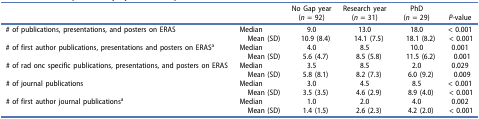
<table><thead><tr><td><b> </b></td><td><b> </b></td><td><b>No Gap year(<i>n</i> = 92)</b></td><td><b>Research year(<i>n</i> = 31)</b></td><td><b>PhD(<i>n</i> = 29)</b></td><td><b><i>P</i>-value</b></td></tr></thead><tbody><tr><td># of publications, presentations, and posters on ERAS</td><td>MedianMean (SD)</td><td>9.010.9 (8.4)</td><td>13.014.1 (7.5)</td><td>18.018.1 (8.2)</td><td>&lt; 0.001&lt; 0.001</td></tr><tr><td># of first author publications, presentations and posters on ERAS<sup>a</sup></td><td>MedianMean (SD)</td><td>4.05.6 (4.7)</td><td>8.58.5 (5.8)</td><td>10.011.5 (6.2)</td><td>0.0010.001</td></tr><tr><td># of rad onc specific publications, presentations, and posters on ERAS</td><td>MedianMean (SD)</td><td>3.55.8 (8.1)</td><td>8.58.2 (7.3)</td><td>2.06.0 (9.2)</td><td>0.0290.009</td></tr><tr><td># of journal publications</td><td>MedianMean (SD)</td><td>3.03.5 (3.5)</td><td>4.54.6 (2.9)</td><td>8.58.9 (4.0)</td><td>&lt; 0.001&lt; 0.001</td></tr><tr><td># of first author journal publications<sup>a</sup></td><td>MedianMean (SD)</td><td>1.01.4 (1.5)</td><td>2.02.6 (2.3)</td><td>4.04.2 (2.0)</td><td>0.002&lt; 0.001</td></tr></tbody></table>